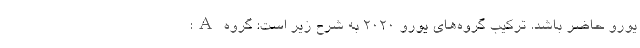
یورو حاضر باشد. ترکیب گروه‌های یورو ۲۰۲۰ به شرح زیر است: گروه A: